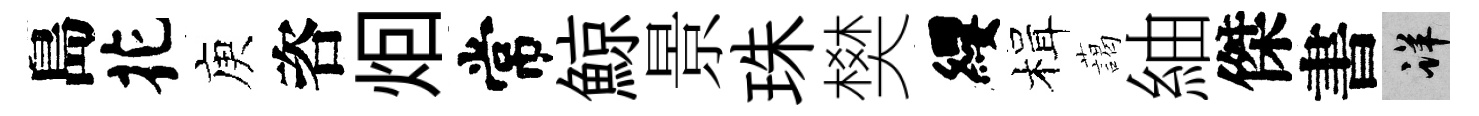
島花庾咨𤇆常鯨景珠樊纓楫藹紬傑書详